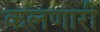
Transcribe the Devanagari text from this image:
कलणारी